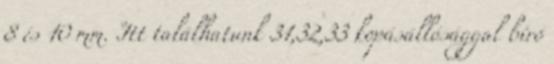
8 és 10 mm. Itt találhatunk 31,32,33 kopásállósággal bíró